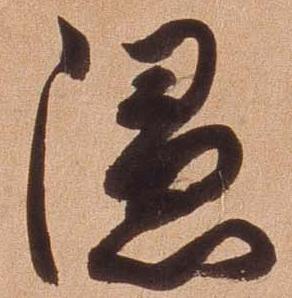
隠